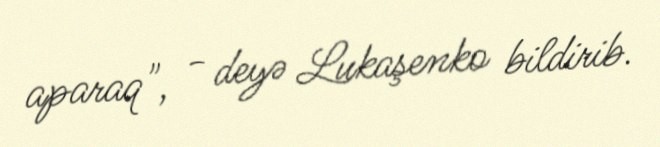
aparaq", - deyə Lukaşenko bildirib.